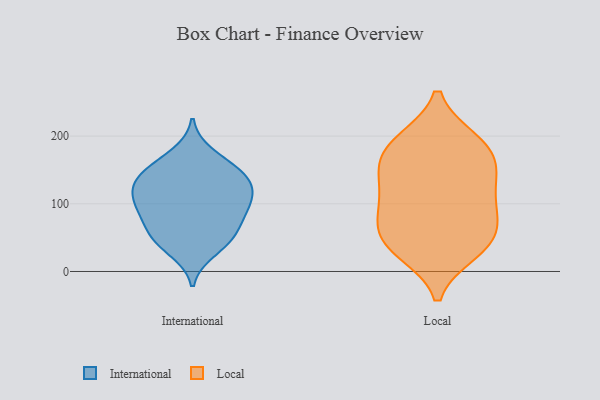
{"axis": {"x": "Market Share (%)", "y": "Value"}, "legend": ["International", "Local"], "data": [{"x": "", "y": 30, "type": "International"}, {"x": "", "y": 143, "type": "International"}, {"x": "", "y": 67, "type": "International"}, {"x": "", "y": 131, "type": "International"}, {"x": "", "y": 58, "type": "International"}, {"x": "", "y": 174, "type": "International"}, {"x": "", "y": 97, "type": "International"}, {"x": "", "y": 157, "type": "International"}, {"x": "", "y": 118, "type": "International"}, {"x": "", "y": 91, "type": "International"}, {"x": "", "y": 50, "type": "International"}, {"x": "", "y": 84, "type": "International"}, {"x": "", "y": 136, "type": "International"}, {"x": "", "y": 42, "type": "International"}, {"x": "", "y": 109, "type": "International"}, {"x": "", "y": 144, "type": "International"}, {"x": "", "y": 108, "type": "International"}, {"x": "", "y": 42, "type": "Local"}, {"x": "", "y": 160, "type": "Local"}, {"x": "", "y": 86, "type": "Local"}, {"x": "", "y": 143, "type": "Local"}, {"x": "", "y": 157, "type": "Local"}, {"x": "", "y": 30, "type": "Local"}, {"x": "", "y": 187, "type": "Local"}, {"x": "", "y": 103, "type": "Local"}, {"x": "", "y": 37, "type": "Local"}, {"x": "", "y": 193, "type": "Local"}, {"x": "", "y": 69, "type": "Local"}, {"x": "", "y": 95, "type": "Local"}, {"x": "", "y": 131, "type": "Local"}, {"x": "", "y": 46, "type": "Local"}, {"x": "", "y": 192, "type": "Local"}]}